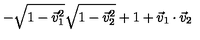
- \sqrt { 1 - { \vec { v } _ { 1 } } ^ { 2 } } \sqrt { 1 - { \vec { v } _ { 2 } } ^ { 2 } } + 1 + \vec { v } _ { 1 } \cdot \vec { v } _ { 2 }